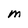
Character: M